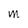
Character: M